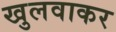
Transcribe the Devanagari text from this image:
खुलवाकर